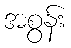
အစွန်း